Indian journal of veterinary science and animal husbandry - Volumes 18-21, 1948-1951
Year: 1948
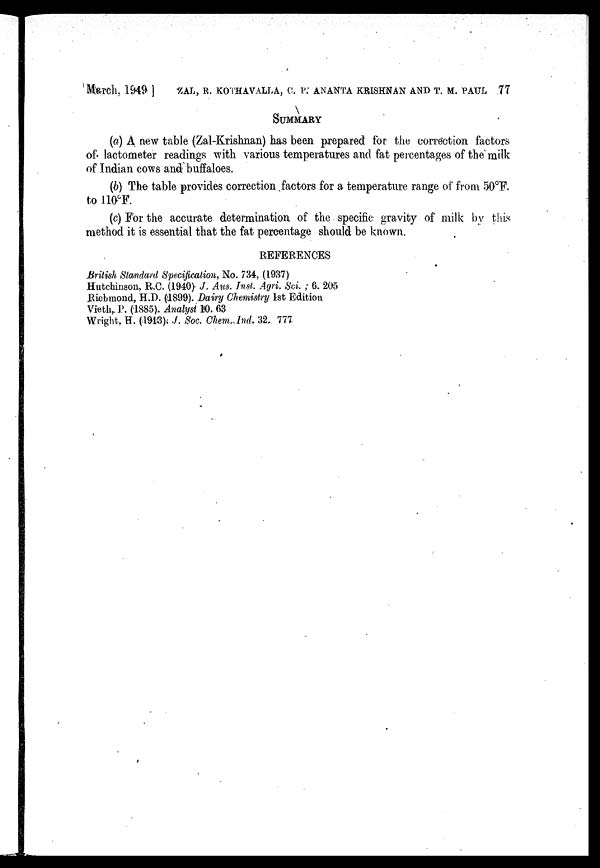
March. 1949] ZAL, R. KOTHAVALLA, C. P: ANANTA KRISHNAN AND T. M. PAUL 77
SUMMARY
(a) A new table (Zal-Krishnan) has been prepared for the correction factors
of lactometer readings with various temperatures and fat percentages of the milk
of Indian cows and buffaloes.
(b) The table provides correction factors for a temperature range of from 50°F.
to 110ºF.
(c) For the accurate determination of the specific gravity of milk by this.
method it is essential that the fat percentage should be known.
REFERENCES
British Standard Specification, No. 734, (1937)
Hutchinson, R.C. (1940) J. Aus. Inst. Agri. Sci.; 6. 205
Richmond, H.D. (1899). Dairy Chemistry 1st Edition
Vieth, P. (1885). Analyst 10.63
Wright, H. (1913). f. Soc. Chem. Ind. 32. 777